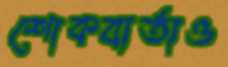
শোকবার্তাও